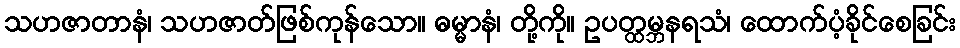
သဟဇာတာနံ၊ သဟဇာတ်ဖြစ်ကုန်သော။ ဓမ္မာနံ၊ တို့ကို။ ဥပတ္ထမ္ဘနရသံ၊ ထောက်ပံ့ခိုင်စေခြင်း